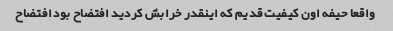
واقعا حیفه اون کیفیت قدیم که اینقدر خرابش کردید افتضاح بود افتضاح